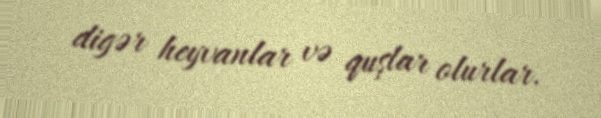
digər heyvanlar və quşlar olurlar.